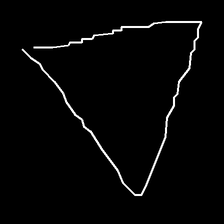
Glyph: convergence